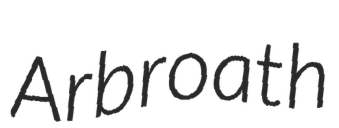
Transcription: Arbroath